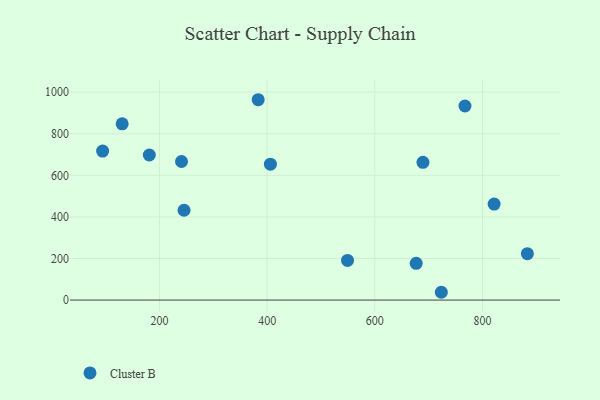
{"axis": {"x": "Investment", "y": "Rating"}, "legend": ["Cluster B"], "data": [{"x": "689.4", "y": 662.5, "type": "Cluster B"}, {"x": "383.4", "y": 963.6, "type": "Cluster B"}, {"x": "241.0", "y": 666.6, "type": "Cluster B"}, {"x": "130.8", "y": 847.5, "type": "Cluster B"}, {"x": "245.7", "y": 432.0, "type": "Cluster B"}, {"x": "821.6", "y": 461.9, "type": "Cluster B"}, {"x": "181.2", "y": 697.7, "type": "Cluster B"}, {"x": "676.8", "y": 176.9, "type": "Cluster B"}, {"x": "549.3", "y": 190.8, "type": "Cluster B"}, {"x": "723.5", "y": 37.5, "type": "Cluster B"}, {"x": "94.5", "y": 716.4, "type": "Cluster B"}, {"x": "406.1", "y": 653.8, "type": "Cluster B"}, {"x": "767.4", "y": 933.5, "type": "Cluster B"}, {"x": "883.3", "y": 223.3, "type": "Cluster B"}]}